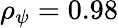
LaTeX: \rho_{\psi}=0.98